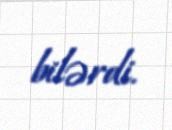
bilərdi.